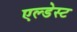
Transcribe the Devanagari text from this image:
एल्डेस्ट